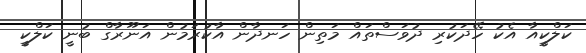
ކަލްކީއާ އެކު ހޭދަކުރި ދުވަސްތައް މަތިން ހަނދާން އާކުރަމުން އަނޫރާގް ބުނީ ކަލްކީ